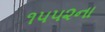
૧૫૫૨ના